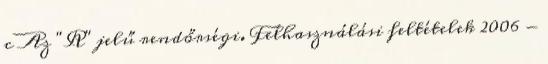
c Az "R" jelű rendőrségi. Felhasználási feltételek 2006 -